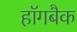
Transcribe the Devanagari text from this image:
हॉगबैक